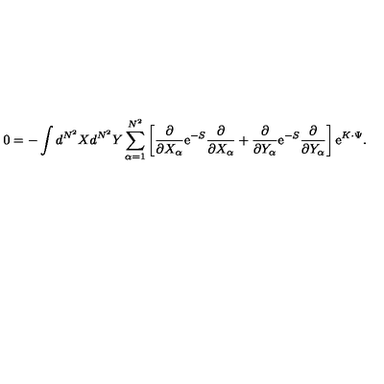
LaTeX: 0 = - \int d ^ { N ^ { 2 } } X d ^ { N ^ { 2 } } Y \sum _ { \alpha = 1 } ^ { N ^ { 2 } } \left[ \frac { \partial } { \partial X _ { \alpha } } \mathrm { e } ^ { - S } \frac { \partial } { \partial X _ { \alpha } } + \frac { \partial } { \partial Y _ { \alpha } } \mathrm { e } ^ { - S } \frac { \partial } { \partial Y _ { \alpha } } \right] \mathrm { e } ^ { K \cdot \Psi } .